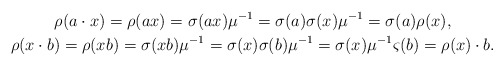
\begin{gather*} \rho(a \cdot x) = \rho(ax) = \sigma(a x) \mu^{-1} = \sigma(a) \sigma(x) \mu^{-1} = \sigma(a) \rho(x), \\ \rho(x \cdot b) = \rho(x b) = \sigma(x b) \mu^{-1} = \sigma(x) \sigma(b) \mu^{-1} = \sigma(x) \mu^{-1} \varsigma(b) = \rho(x) \cdot b. \end{gather*}